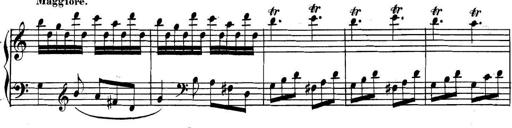
Title: Collected Piano Sonatas
Composer: Muzio Clementi